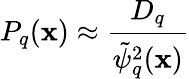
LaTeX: P_{q}(\mathbf{x})\approx\frac{{D_{q}}}{{\tilde{{\psi}}_{q}^{2}(\mathbf{x})}}